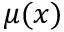
\mu ( x )